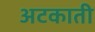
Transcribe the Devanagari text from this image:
अटकाती